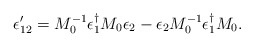
\begin{align*}\epsilon'_{12} = M_0^{-1} \epsilon_1^{\dagger} M_0 \epsilon_2-\epsilon_2 M_0^{-1}\epsilon_1^{\dagger} M_0. \end{align*}